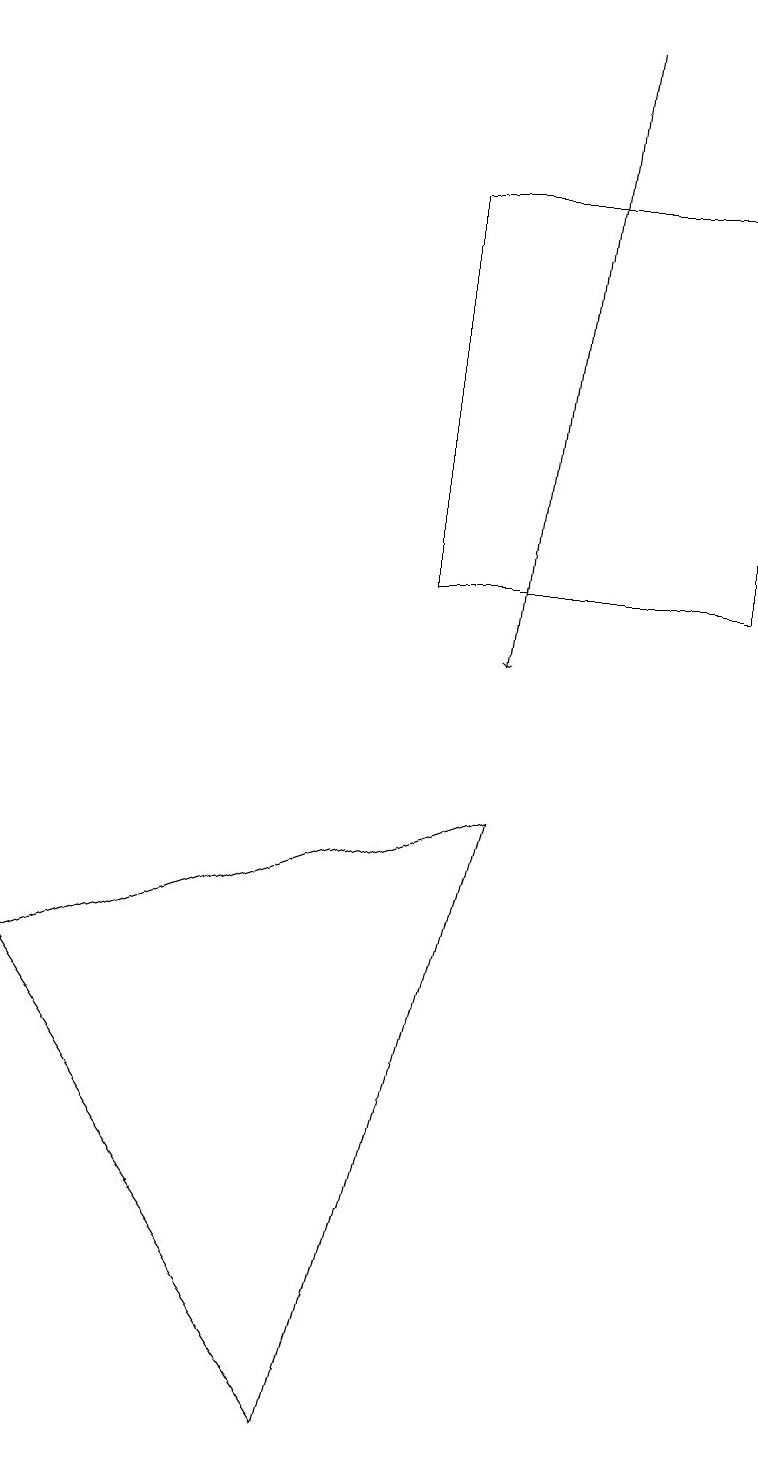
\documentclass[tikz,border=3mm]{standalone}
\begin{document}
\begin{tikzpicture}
\draw[->] (7,19) -- (6,11);
\draw (5,12) rectangle (9,17);
\draw (0,7) -- (4,1) -- (6,9) -- cycle;
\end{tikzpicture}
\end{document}